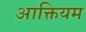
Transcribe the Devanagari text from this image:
आक्तियम